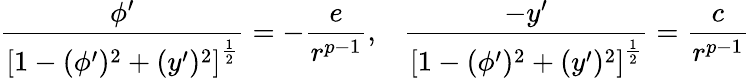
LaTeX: \frac{\phi^{\prime}}{\left[1-(\phi^{\prime})^{2}+(y^{\prime})^{2}\right]^{\frac{1}{2}}}=-\frac{e}{r^{p-1}},\; \; \; \frac{-y^{\prime}}{\left[1-(\phi^{\prime})^{2}+(y^{\prime})^{2}\right]^{\frac{1}{2}}}=\frac{c}{r^{p-1}}